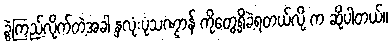
ခွဲကြည့်လိုက်တဲ့အခါ နှလုံးပုံသဏ္ဌာန် ကိုတွေ့ရှိခဲ့ရတယ်လို့ က ဆိုပါတယ်။